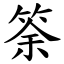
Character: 筡